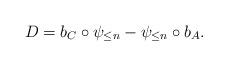
LaTeX: \begin{align*}D=b_C\circ \psi_{\le n}-\psi_{\le n} \circ b_A.\end{align*}